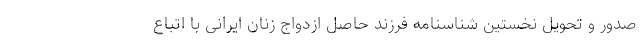
صدور و تحویل نخستین شناسنامه فرزند حاصل ازدواج زنان ایرانی با اتباع